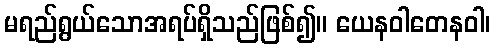
မရည်ရွယ်သောအရပ်ရှိသည်ဖြစ်၍။ ယေနဝါတေနဝါ၊